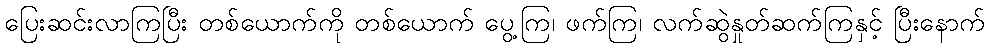
ပြေးဆင်းလာကြပြီး တစ်ယောက်ကို တစ်ယောက် ပွေ့ကြ၊ ဖက်ကြ၊ လက်ဆွဲနှုတ်ဆက်ကြနှင့် ပြီးနောက်